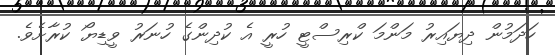
ހަދަމުން ދިޔައިރު މަންމަ ކްރިސްޓީ ހުރީ އެ ކުދިންގެ ހުނަރު ވީޑިޔޯ ކުރާށެވެ.